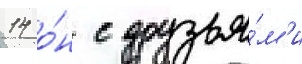
14 о́н с друзья́м'и